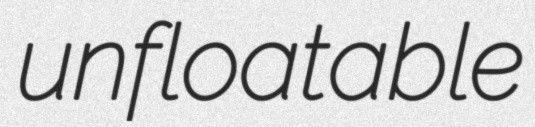
unfloatable